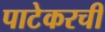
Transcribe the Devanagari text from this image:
पाटेकरची